Bréfritari: Sigríður Pálsdóttir
Viðtakandi: Páll Pálsson
Dagsetning: A-1867-04-07
Skrifað á: Breiðabólsstað  Rang.
Páll var bróðir Sigríðar

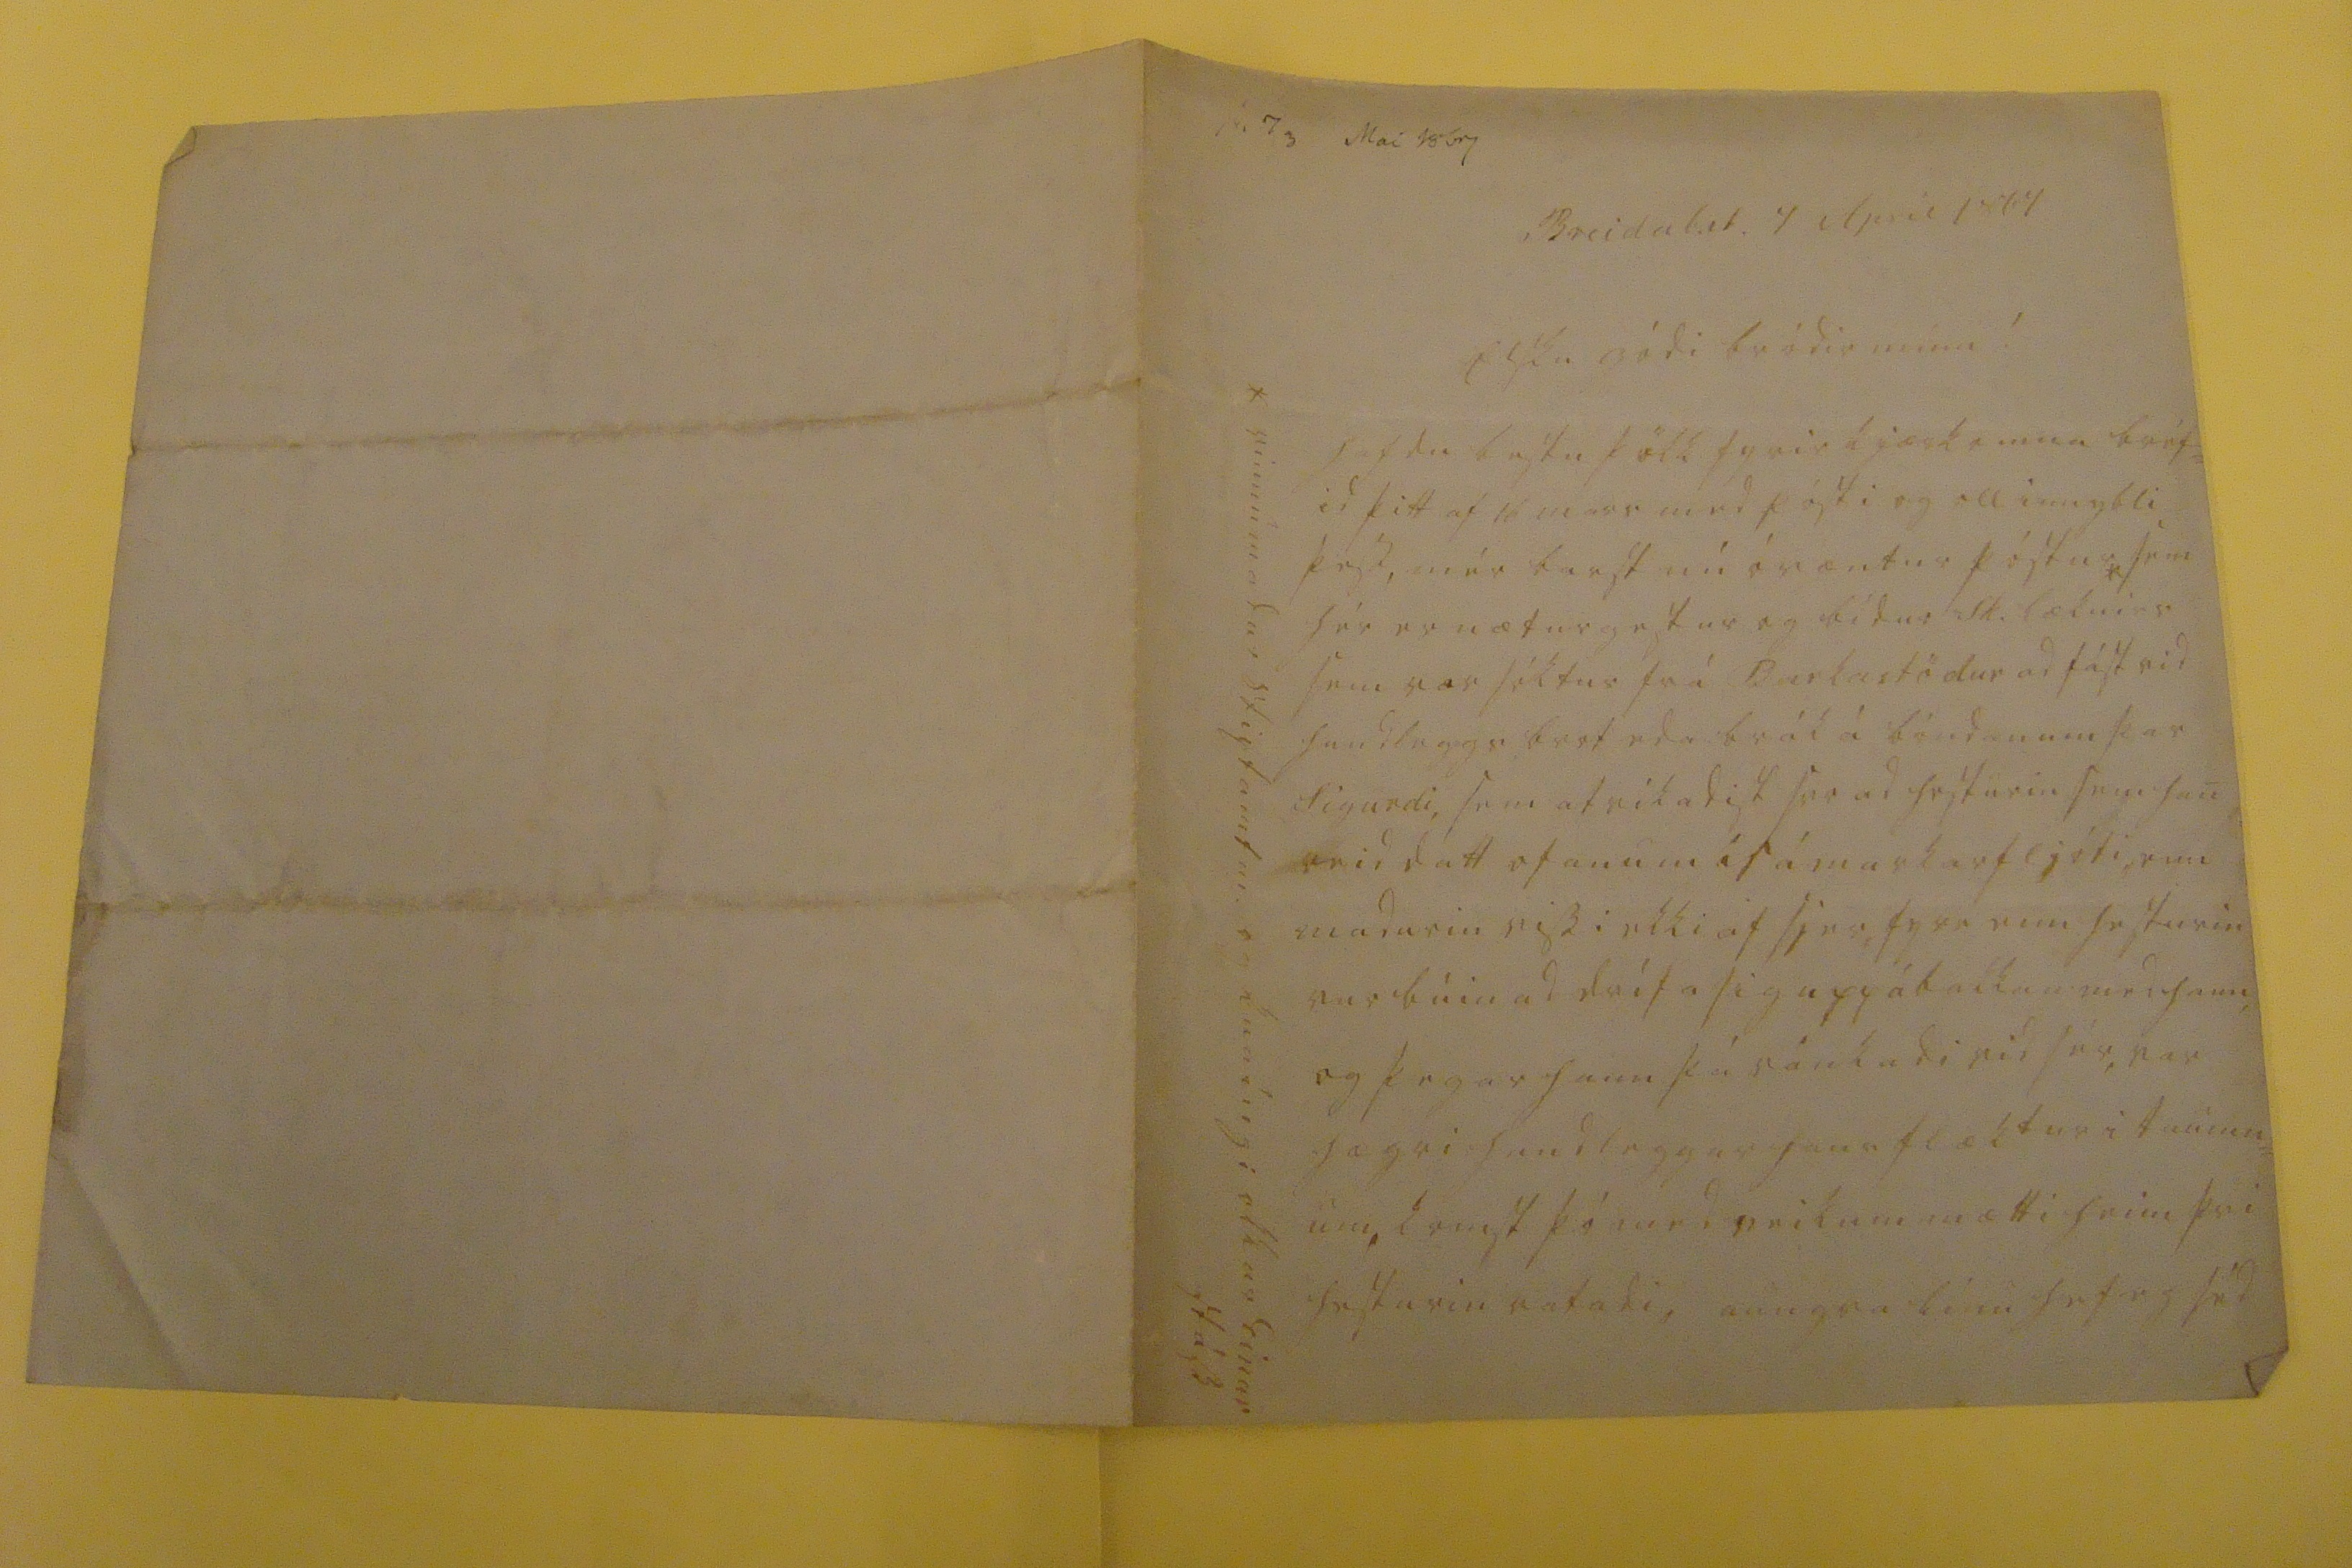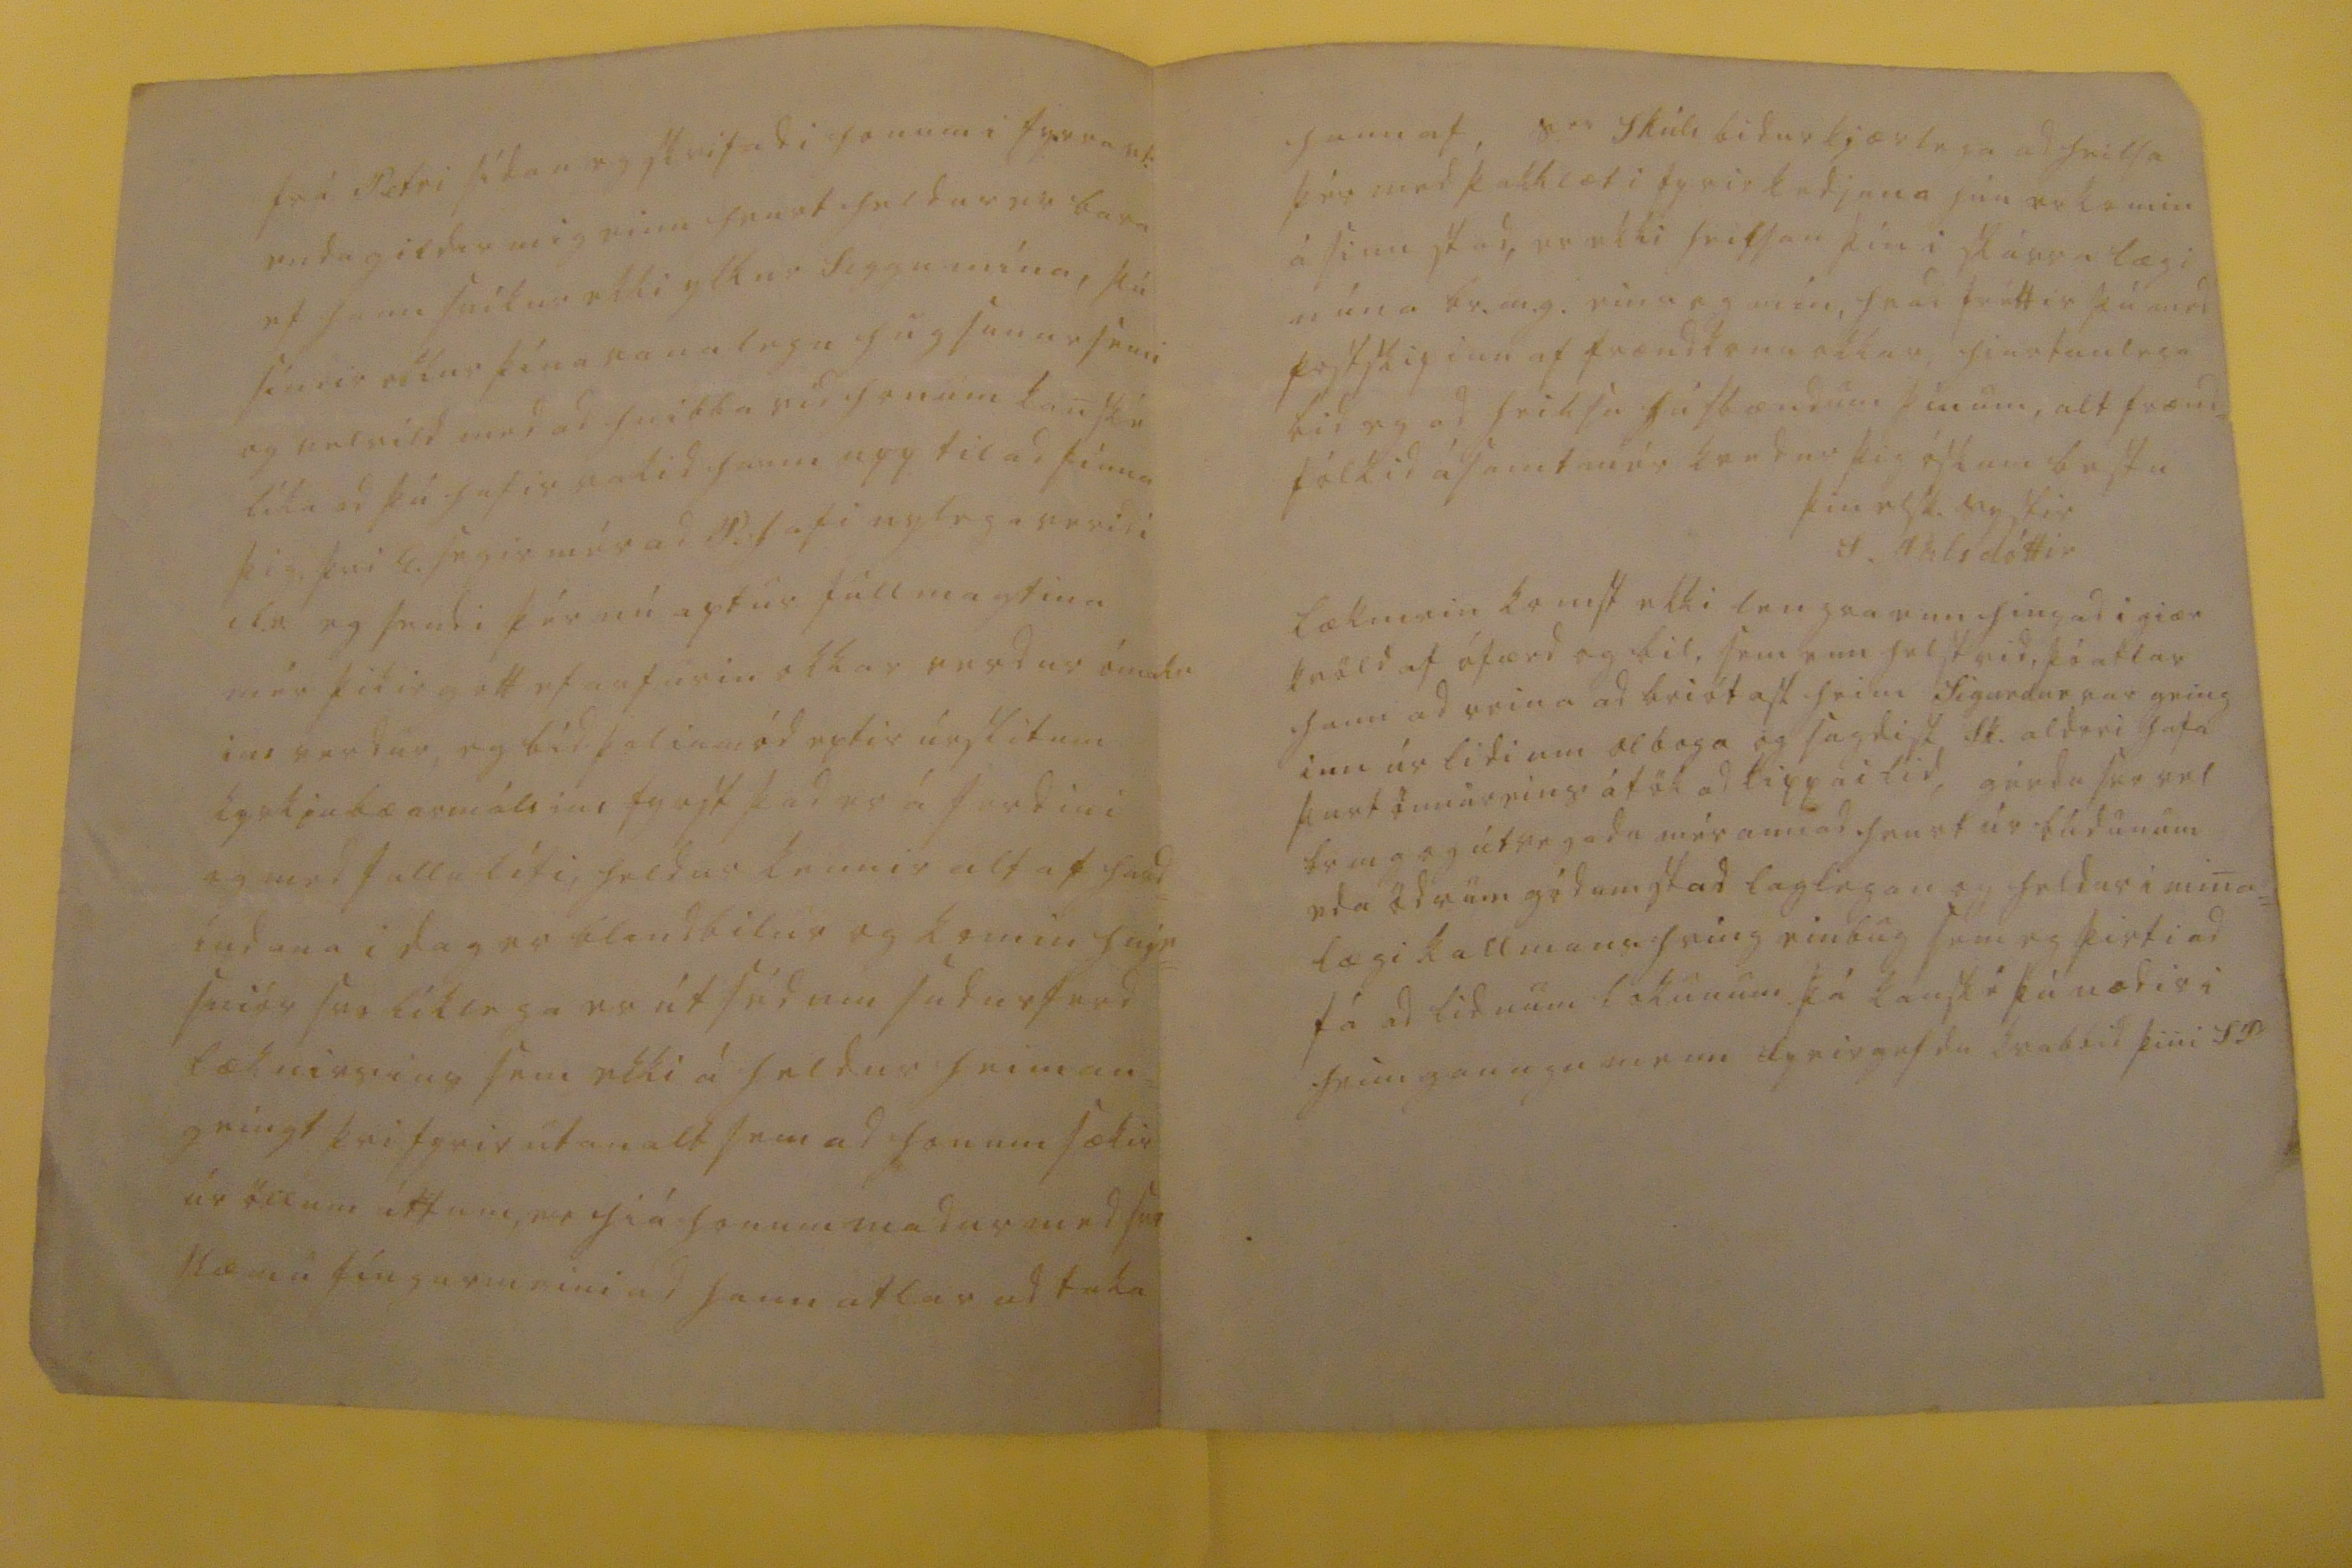

sv. 7 0 Mai 1867
Breidab.st. 4 April 1867
elsku gódi br. minn!
hafdu bestu þökk fyrir kjærkomna bréf= id þitt af 16 mars med pósti og oll innybli þess, mér barst nú óvæntur póstur* sem hér er næturgestur og bídur sk. læknirs sem var sóktur frá Barkastödur ad fást vid handleggs brot eda brák á bóndanum þar Sigurdi, sem afrikadist svo ad hesturin sem han reid datt ofanum i sámarkarfljóti, enn madurin vissi ekki af sjer, fyrr enn hesturin var búin ad drífa sig upp á bakkan med hann og þegar hann þá ránkadi vid sér, var hægri handleggur hans flæktur i taumn= um, komst þó med veikum mætti heim þvi hesturin ratadi, aungva línu hef eg séd
* vinnumadur stiptamtm. og kuníngi okkar Einar stáss.
frá Petri sídan eg skrifadi honum i fyrra vt: enda gildir mig einu hvurt heldur er bara ef hann sníkur ekki ykkur siggu mína, þú síndir okkur þína vanalegu hugsunarsemi og velvild med ad hnibba vid honum kanské líka ad þú hafir vakid hann upp til ad finna þig þvi E. segir mér ad P. hafi nylega verid i R.v. eg sendi þér nú aptur fullmagtina mér þikir gott ef arfurin okkar verdur ómaks ins verdur, eg bíd þolinmód eptir úrslitum kyrkjubæar málsins fyrst þad er á ferdini og med fullu lífi, heldur kennir altaf hard= índana i dag er blindbilur og komin hnje= sniór svo líklega er útséd um sudurferd læknirsins sem ekki á heldur heiman= geingt þvi fyrir utan alt sem ad honum sækir úr öllum áttum, er hiá honum madur med svo slæmu fíngurmeini ad hann atlar ad taka
hann af, s
er
Skúli bidur kjærlega ad heilsa þér med þakklæti fyrir kedjuna hún er komin á sinn stad, er ekki heilsan þín i skárra lægi núna br.m.g. eins og mín, hvad fréttir þú med postskipinu af frændkonu okkar, hiartanlega bid eg ad heilsa húsbændum þínum, alt frænd= fólkid ásamt mér kvedur þig óskum bestu
þin elsk. systir
S. Pálsdóttir
læknirin komst ekki lengra enn hingad i giær kvöld af ófærd og bil, sem enn helst vid, þó atlar hann ad reina ad briótast heim Sigurdur var geing inn úr lidi um Olboga og sagdist Sk. aldrei hafa þurt önnureins átök ad kippa i lid, gérdu svo vel br m g og útvegadu mér annad hvurt úr búdunum eda ödrum gódum stad laglegan og heldur i mina= lægi kallmans hring einbug sem eg þirti ad fá ad lidnum lokunum þá kanské þú nædir i heimgaungu menn fyrirgefdu kvabbid þini S P